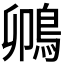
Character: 𫚵